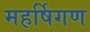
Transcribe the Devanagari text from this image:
महर्षिगण